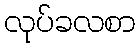
လုပ်ခလစာ